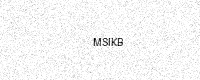
Text: MSIKB